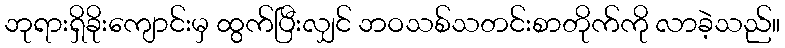
ဘုရားရှိခိုးကျောင်းမှ ထွက်ပြီးလျှင် ဘဝသစ်သတင်းစာတိုက်ကို လာခဲ့သည်။